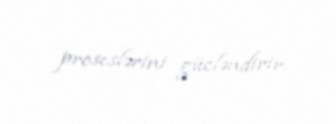
proseslərini gücləndirir.